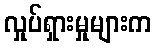
လှုပ်ရှားမှုများက